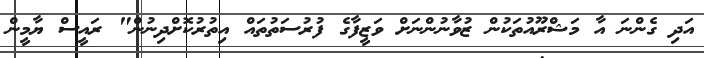
އަދި ގެންނަ އާ މަޝްރޫއުތަކުން ޒުވާނުންނަށް ވަޒީފާގެ ފުރުސަތުތައް އިތުރުކޮށްދިނުން" ރައީސް ޔާމީން